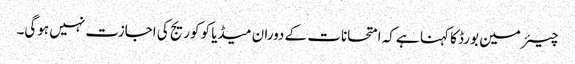
چیئرمین بورڈ کا کہنا ہے کہ امتحانات کے دوران میڈیا کو کوریج کی اجازت نہیں ہوگی۔